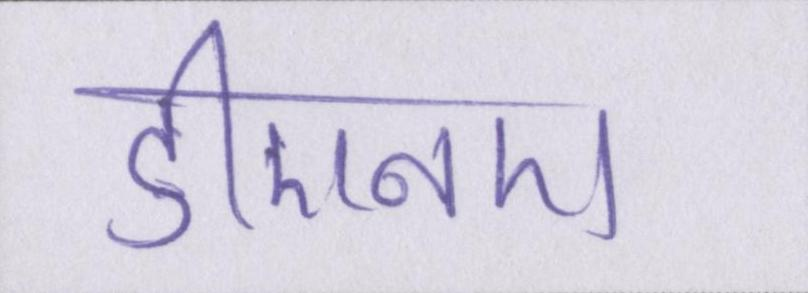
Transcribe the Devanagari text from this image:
डीएनए